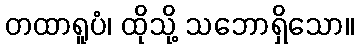
တထာရူပံ၊ ထိုသို့ သဘောရှိသော။